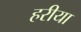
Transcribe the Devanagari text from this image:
हरीया